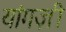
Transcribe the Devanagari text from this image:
यांगज़ी